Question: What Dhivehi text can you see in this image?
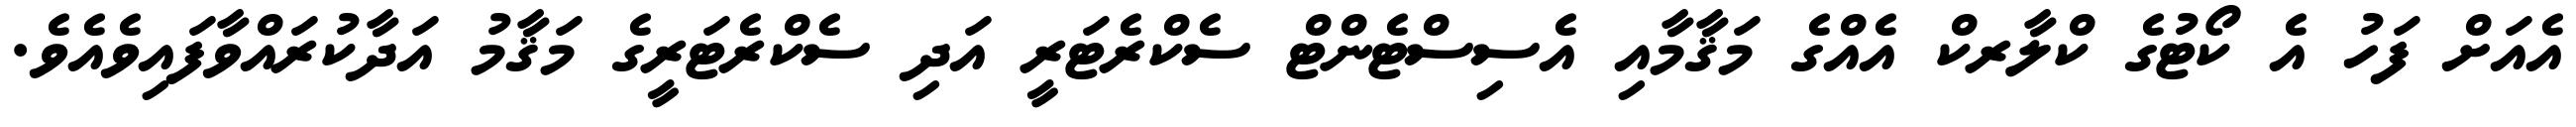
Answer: އެއަށް ފަހު އެ ކޯޓުގެ ކްލާރކް އެއްގެ މަޤާމާއި އެސިސްޓެންޓް ސެކްރެޓަރީ އަދި ސެކްރެޓަރީގެ މަޤާމު އަދާކުރައްވާފައިވެއެވެ.